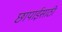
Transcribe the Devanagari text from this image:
छापाईसाठी